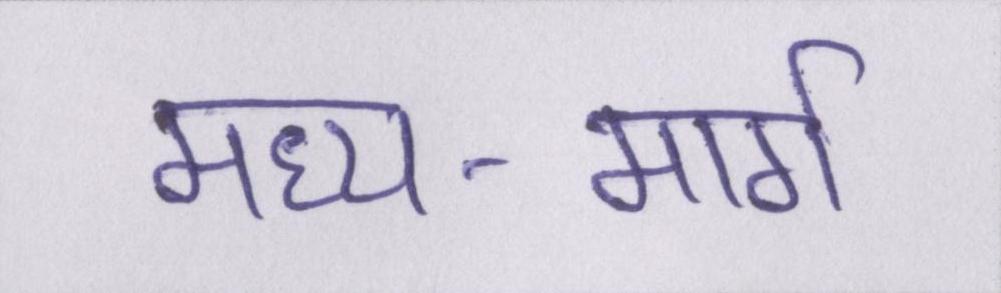
मध्य-मार्ग